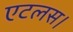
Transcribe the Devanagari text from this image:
एटलस।